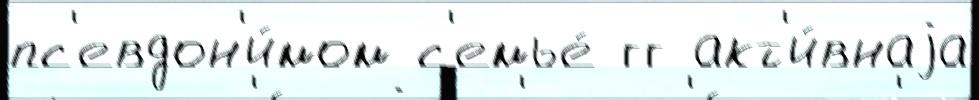
пс'евдон'и́мом с'емье́ гг акт'и́внаjа